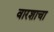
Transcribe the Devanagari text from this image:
वारशाचा